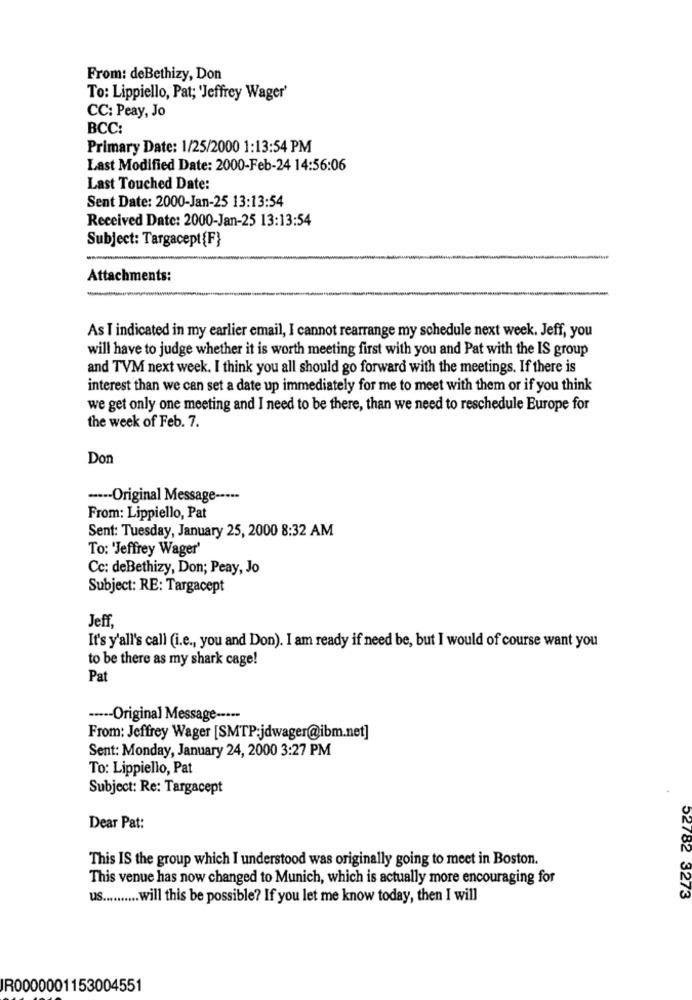
From: deBethizy, Don
To: Lippiello, Pat; 'Jeffrey Wager'
CC: Peay, Jo
BCC:
Primary Date: 1/25/2000 1:13:54 PM
Last Modified Date: 2000-Feb-24 14:56:06
Last Touched Date:
Sent Date: 2000-Jan-25 13:13:54
Received Date: 2000-Jan-25 13:13:54
Subject: Targacept{F}
Attachments:
As I indicated in my earlier email, I cannot rearrange my schedule next week. Jeff, you
will have to judge whether it is worth meeting first with you and Pat with the IS group
and TVM next week. I think you all should go forward with the meetings. If there is
interest than we can set a date up immediately for me to meet with them or if you think
we get only one meeting and I need to be there, than we need to reschedule Europe for
the week of Feb. 7.
Don
---- Original Message --···
From: Lippiello, Pat
Sent: Tuesday, January 25, 2000 8:32 AM
To: 'Jeffrey Wager
Cc: deBethizy, Don; Peay, Jo
Subject: RE: Targacept
Jeff,
It's y'all's call (i.e ., you and Don). I am ready if need be, but I would of course want you
to be there as my shark cage!
Pat
----- Original Message -····
From: Jeffrey Wager [SMTP:jdwager@ibm.net]
Sent: Monday, January 24, 2000 3:27 PM
To: Lippiello, Pat
Subject: Re: Targacept
Dear Pat:
This IS the group which I understood was originally going to meet in Boston.
This venue has now changed to Munich, which is actually more encouraging for
us ......... will this be possible? If you let me know today, then I will
52782 3273
R0000001153004551